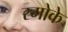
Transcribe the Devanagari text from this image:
स्मोके